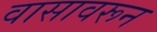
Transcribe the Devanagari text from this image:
वासावरून